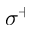
\sigma ^ { + }